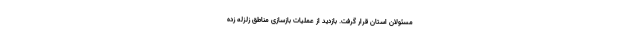
مسئولان استان قرار گرفت. بازدید از عملیات بازسازی مناطق زلزله زده